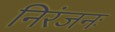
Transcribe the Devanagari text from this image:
निरंजनः